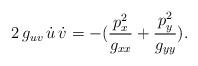
LaTeX: \begin{align*}2\,g_{uv}\,\dot{u}\,\dot{v} = - ({p_x^2 \over g_{xx}} +{p_y^2 \over g_{yy}}).\end{align*}